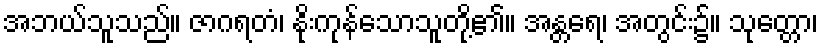
အဘယ်သူသည်။ ဇာဂရတံ၊ နိုးကုန်သောသူတို့၏။ အန္တရေ၊ အတွင်း၌။ သုတ္တော၊